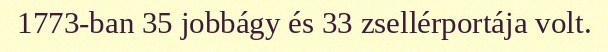
1773-ban 35 jobbágy és 33 zsellérportája volt.